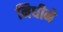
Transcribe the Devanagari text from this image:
निधीने